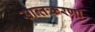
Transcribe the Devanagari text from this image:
सान्तःकरणा